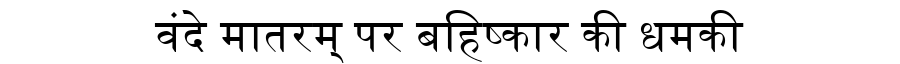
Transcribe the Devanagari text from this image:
वंदे मातरम् पर बहिष्कार की धमकी